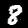
Digit: 8